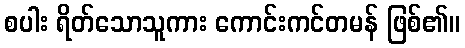
စပါး ရိတ်သောသူကား ကောင်းကင်တမန် ဖြစ်၏။